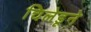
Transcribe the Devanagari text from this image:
चिलेडूने